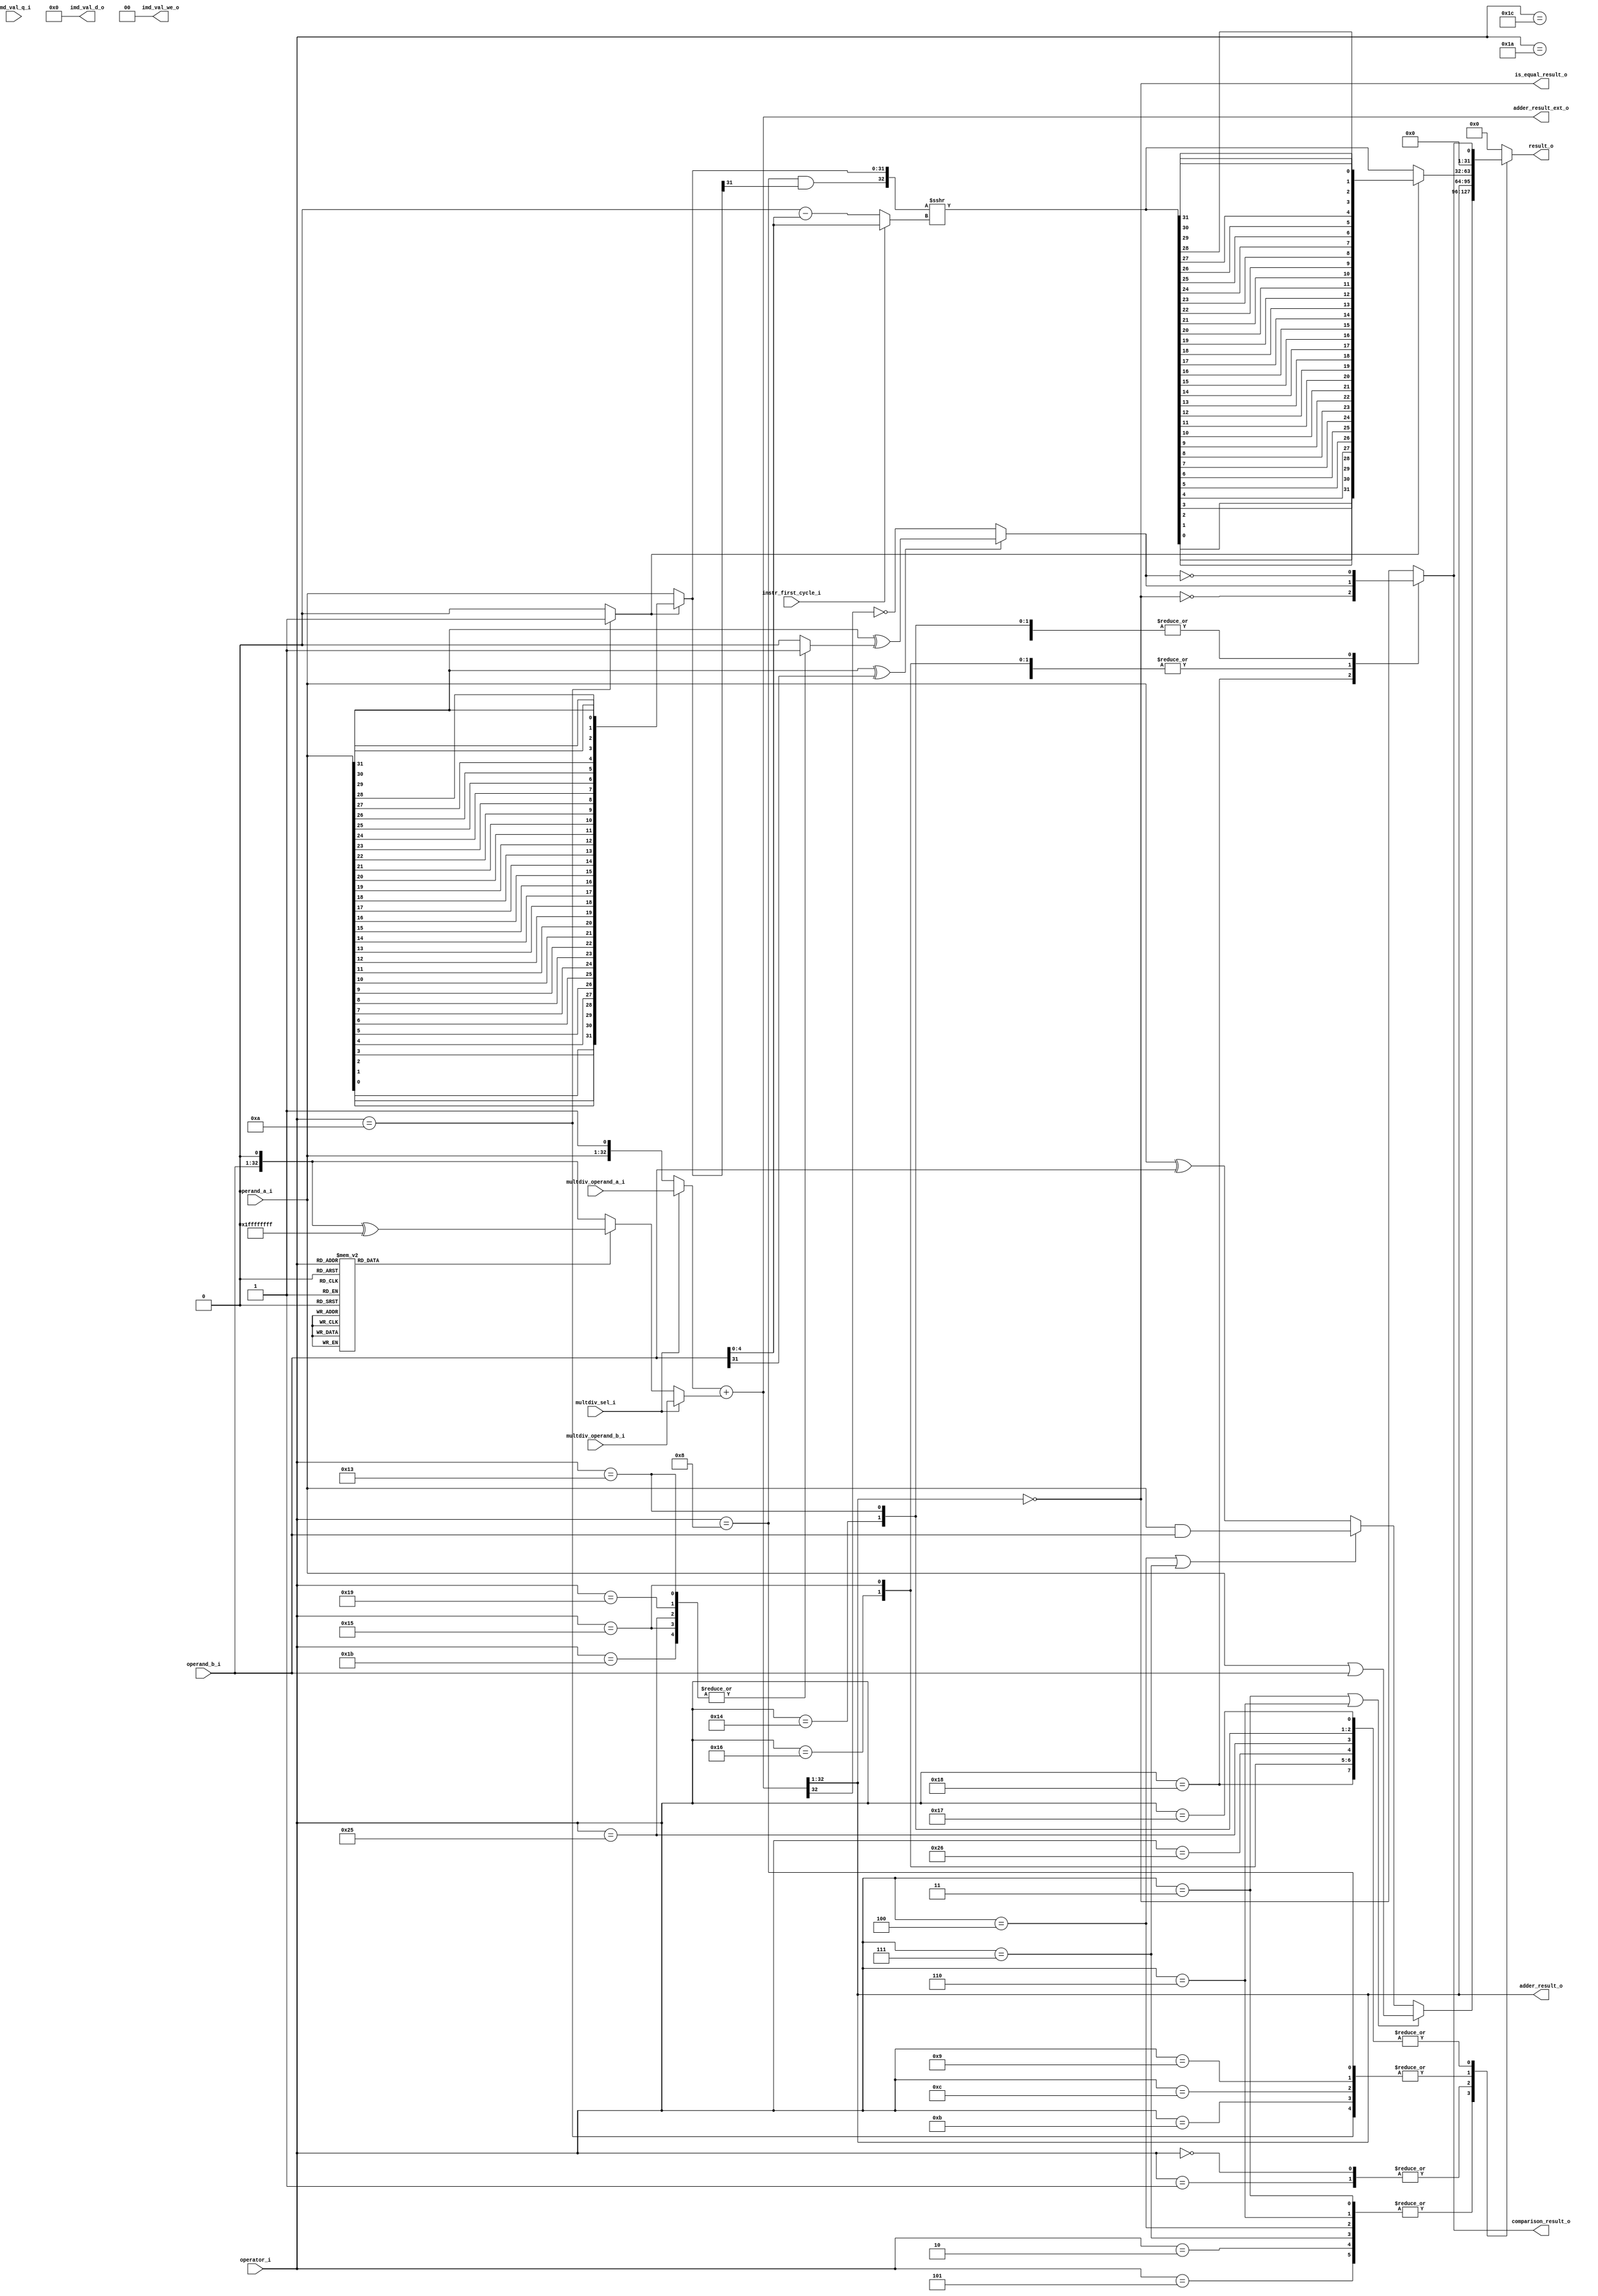
module ibex_alu (
	operator_i,
	operand_a_i,
	operand_b_i,
	instr_first_cycle_i,
	multdiv_operand_a_i,
	multdiv_operand_b_i,
	multdiv_sel_i,
	imd_val_q_i,
	imd_val_d_o,
	imd_val_we_o,
	adder_result_o,
	adder_result_ext_o,
	result_o,
	comparison_result_o,
	is_equal_result_o
);
	parameter integer RV32B = 32'sd0;
	input wire [5:0] operator_i;
	input wire [31:0] operand_a_i;
	input wire [31:0] operand_b_i;
	input wire instr_first_cycle_i;
	input wire [32:0] multdiv_operand_a_i;
	input wire [32:0] multdiv_operand_b_i;
	input wire multdiv_sel_i;
	input wire [63:0] imd_val_q_i;
	output reg [63:0] imd_val_d_o;
	output reg [1:0] imd_val_we_o;
	output wire [31:0] adder_result_o;
	output wire [33:0] adder_result_ext_o;
	output reg [31:0] result_o;
	output wire comparison_result_o;
	output wire is_equal_result_o;
	wire [31:0] operand_a_rev;
	wire [32:0] operand_b_neg;
	genvar k;
	generate
		for (k = 0; k < 32; k = k + 1) begin : gen_rev_operand_a
			assign operand_a_rev[k] = operand_a_i[31 - k];
		end
	endgenerate
	reg adder_op_b_negate;
	wire [32:0] adder_in_a;
	reg [32:0] adder_in_b;
	wire [31:0] adder_result;
	always @(*) begin
		adder_op_b_negate = 1'b0;
		case (operator_i)
			6'd1, 6'd23, 6'd24, 6'd21, 6'd22, 6'd19, 6'd20, 6'd37, 6'd38, 6'd25, 6'd26, 6'd27, 6'd28: adder_op_b_negate = 1'b1;
			default:
				;
		endcase
	end
	assign adder_in_a = (multdiv_sel_i ? multdiv_operand_a_i : {operand_a_i, 1'b1});
	assign operand_b_neg = {operand_b_i, 1'b0} ^ {33 {1'b1}};
	always @(*)
		case (1'b1)
			multdiv_sel_i: adder_in_b = multdiv_operand_b_i;
			adder_op_b_negate: adder_in_b = operand_b_neg;
			default: adder_in_b = {operand_b_i, 1'b0};
		endcase
	assign adder_result_ext_o = $unsigned(adder_in_a) + $unsigned(adder_in_b);
	assign adder_result = adder_result_ext_o[32:1];
	assign adder_result_o = adder_result;
	wire is_equal;
	reg is_greater_equal;
	reg cmp_signed;
	always @(*)
		case (operator_i)
			6'd21, 6'd19, 6'd37, 6'd25, 6'd27: cmp_signed = 1'b1;
			default: cmp_signed = 1'b0;
		endcase
	assign is_equal = adder_result == 32'b00000000000000000000000000000000;
	assign is_equal_result_o = is_equal;
	always @(*)
		if ((operand_a_i[31] ^ operand_b_i[31]) == 1'b0)
			is_greater_equal = adder_result[31] == 1'b0;
		else
			is_greater_equal = operand_a_i[31] ^ cmp_signed;
	reg cmp_result;
	always @(*)
		case (operator_i)
			6'd23: cmp_result = is_equal;
			6'd24: cmp_result = ~is_equal;
			6'd21, 6'd22, 6'd27, 6'd28: cmp_result = is_greater_equal;
			6'd19, 6'd20, 6'd25, 6'd26, 6'd37, 6'd38: cmp_result = ~is_greater_equal;
			default: cmp_result = is_equal;
		endcase
	assign comparison_result_o = cmp_result;
	reg shift_left;
	wire shift_ones;
	wire shift_arith;
	wire shift_funnel;
	wire shift_sbmode;
	reg [5:0] shift_amt;
	wire [5:0] shift_amt_compl;
	reg [31:0] shift_operand;
	reg signed [32:0] shift_result_ext_signed;
	reg [32:0] shift_result_ext;
	reg unused_shift_result_ext;
	reg [31:0] shift_result;
	reg [31:0] shift_result_rev;
	wire bfp_op;
	wire [4:0] bfp_len;
	wire [4:0] bfp_off;
	wire [31:0] bfp_mask;
	wire [31:0] bfp_mask_rev;
	wire [31:0] bfp_result;
	assign bfp_op = (RV32B != 32'sd0 ? operator_i == 6'd49 : 1'b0);
	assign bfp_len = {~(|operand_b_i[27:24]), operand_b_i[27:24]};
	assign bfp_off = operand_b_i[20:16];
	assign bfp_mask = (RV32B != 32'sd0 ? ~(32'hffffffff << bfp_len) : {32 {1'sb0}});
	genvar i;
	generate
		for (i = 0; i < 32; i = i + 1) begin : gen_rev_bfp_mask
			assign bfp_mask_rev[i] = bfp_mask[31 - i];
		end
	endgenerate
	assign bfp_result = (RV32B != 32'sd0 ? (~shift_result & operand_a_i) | ((operand_b_i & bfp_mask) << bfp_off) : {32 {1'sb0}});
	wire [1:1] sv2v_tmp_3EBA5;
	assign sv2v_tmp_3EBA5 = operand_b_i[5] & shift_funnel;
	always @(*) shift_amt[5] = sv2v_tmp_3EBA5;
	assign shift_amt_compl = 32 - operand_b_i[4:0];
	always @(*)
		if (bfp_op)
			shift_amt[4:0] = bfp_off;
		else
			shift_amt[4:0] = (instr_first_cycle_i ? (operand_b_i[5] && shift_funnel ? shift_amt_compl[4:0] : operand_b_i[4:0]) : (operand_b_i[5] && shift_funnel ? operand_b_i[4:0] : shift_amt_compl[4:0]));
	assign shift_sbmode = (RV32B != 32'sd0 ? ((operator_i == 6'd43) | (operator_i == 6'd44)) | (operator_i == 6'd45) : 1'b0);
	always @(*) begin
		case (operator_i)
			6'd10: shift_left = 1'b1;
			6'd12, 6'd49: shift_left = (RV32B != 32'sd0 ? 1'b1 : 1'b0);
			6'd14: shift_left = (RV32B != 32'sd0 ? instr_first_cycle_i : 0);
			6'd13: shift_left = (RV32B != 32'sd0 ? ~instr_first_cycle_i : 0);
			6'd41: shift_left = (RV32B != 32'sd0 ? (shift_amt[5] ? ~instr_first_cycle_i : instr_first_cycle_i) : 1'b0);
			6'd42: shift_left = (RV32B != 32'sd0 ? (shift_amt[5] ? instr_first_cycle_i : ~instr_first_cycle_i) : 1'b0);
			default: shift_left = 1'b0;
		endcase
		if (shift_sbmode)
			shift_left = 1'b1;
	end
	assign shift_arith = operator_i == 6'd8;
	assign shift_ones = (RV32B != 32'sd0 ? (operator_i == 6'd12) | (operator_i == 6'd11) : 1'b0);
	assign shift_funnel = (RV32B != 32'sd0 ? (operator_i == 6'd41) | (operator_i == 6'd42) : 1'b0);
	always @(*) begin
		if (RV32B == 32'sd0)
			shift_operand = (shift_left ? operand_a_rev : operand_a_i);
		else
			case (1'b1)
				bfp_op: shift_operand = bfp_mask_rev;
				shift_sbmode: shift_operand = 32'h80000000;
				default: shift_operand = (shift_left ? operand_a_rev : operand_a_i);
			endcase
		shift_result_ext_signed = $signed({shift_ones | (shift_arith & shift_operand[31]), shift_operand}) >>> shift_amt[4:0];
		shift_result_ext = $unsigned(shift_result_ext_signed);
		shift_result = shift_result_ext[31:0];
		unused_shift_result_ext = shift_result_ext[32];
		begin : sv2v_autoblock_1
			reg [31:0] i;
			for (i = 0; i < 32; i = i + 1)
				shift_result_rev[i] = shift_result[31 - i];
		end
		shift_result = (shift_left ? shift_result_rev : shift_result);
	end
	wire bwlogic_or;
	wire bwlogic_and;
	wire [31:0] bwlogic_operand_b;
	wire [31:0] bwlogic_or_result;
	wire [31:0] bwlogic_and_result;
	wire [31:0] bwlogic_xor_result;
	reg [31:0] bwlogic_result;
	reg bwlogic_op_b_negate;
	always @(*)
		case (operator_i)
			6'd5, 6'd6, 6'd7: bwlogic_op_b_negate = (RV32B != 32'sd0 ? 1'b1 : 1'b0);
			6'd40: bwlogic_op_b_negate = (RV32B != 32'sd0 ? ~instr_first_cycle_i : 1'b0);
			default: bwlogic_op_b_negate = 1'b0;
		endcase
	assign bwlogic_operand_b = (bwlogic_op_b_negate ? operand_b_neg[32:1] : operand_b_i);
	assign bwlogic_or_result = operand_a_i | bwlogic_operand_b;
	assign bwlogic_and_result = operand_a_i & bwlogic_operand_b;
	assign bwlogic_xor_result = operand_a_i ^ bwlogic_operand_b;
	assign bwlogic_or = (operator_i == 6'd3) | (operator_i == 6'd6);
	assign bwlogic_and = (operator_i == 6'd4) | (operator_i == 6'd7);
	always @(*)
		case (1'b1)
			bwlogic_or: bwlogic_result = bwlogic_or_result;
			bwlogic_and: bwlogic_result = bwlogic_and_result;
			default: bwlogic_result = bwlogic_xor_result;
		endcase
	wire [5:0] bitcnt_result;
	wire [31:0] minmax_result;
	reg [31:0] pack_result;
	wire [31:0] sext_result;
	reg [31:0] singlebit_result;
	reg [31:0] rev_result;
	reg [31:0] shuffle_result;
	reg [31:0] butterfly_result;
	reg [31:0] invbutterfly_result;
	reg [31:0] clmul_result;
	reg [31:0] multicycle_result;
	generate
		if (RV32B != 32'sd0) begin : g_alu_rvb
			wire zbe_op;
			wire bitcnt_ctz;
			wire bitcnt_clz;
			wire bitcnt_cz;
			reg [31:0] bitcnt_bits;
			wire [31:0] bitcnt_mask_op;
			reg [31:0] bitcnt_bit_mask;
			reg [191:0] bitcnt_partial;
			wire [31:0] bitcnt_partial_lsb_d;
			wire [31:0] bitcnt_partial_msb_d;
			assign bitcnt_ctz = operator_i == 6'd35;
			assign bitcnt_clz = operator_i == 6'd34;
			assign bitcnt_cz = bitcnt_ctz | bitcnt_clz;
			assign bitcnt_result = bitcnt_partial[0+:6];
			assign bitcnt_mask_op = (bitcnt_clz ? operand_a_rev : operand_a_i);
			always @(*) begin
				bitcnt_bit_mask = bitcnt_mask_op;
				bitcnt_bit_mask = bitcnt_bit_mask | (bitcnt_bit_mask << 1);
				bitcnt_bit_mask = bitcnt_bit_mask | (bitcnt_bit_mask << 2);
				bitcnt_bit_mask = bitcnt_bit_mask | (bitcnt_bit_mask << 4);
				bitcnt_bit_mask = bitcnt_bit_mask | (bitcnt_bit_mask << 8);
				bitcnt_bit_mask = bitcnt_bit_mask | (bitcnt_bit_mask << 16);
				bitcnt_bit_mask = ~bitcnt_bit_mask;
			end
			assign zbe_op = (operator_i == 6'd47) | (operator_i == 6'd48);
			always @(*)
				case (1'b1)
					zbe_op: bitcnt_bits = operand_b_i;
					bitcnt_cz: bitcnt_bits = bitcnt_bit_mask & ~bitcnt_mask_op;
					default: bitcnt_bits = operand_a_i;
				endcase
			always @(*) begin
				bitcnt_partial = {32 {6'b000000}};
				begin : sv2v_autoblock_2
					reg [31:0] i;
					for (i = 1; i < 32; i = i + 2)
						bitcnt_partial[(31 - i) * 6+:6] = {5'h00, bitcnt_bits[i]} + {5'h00, bitcnt_bits[i - 1]};
				end
				begin : sv2v_autoblock_3
					reg [31:0] i;
					for (i = 3; i < 32; i = i + 4)
						bitcnt_partial[(31 - i) * 6+:6] = bitcnt_partial[(33 - i) * 6+:6] + bitcnt_partial[(31 - i) * 6+:6];
				end
				begin : sv2v_autoblock_4
					reg [31:0] i;
					for (i = 7; i < 32; i = i + 8)
						bitcnt_partial[(31 - i) * 6+:6] = bitcnt_partial[(35 - i) * 6+:6] + bitcnt_partial[(31 - i) * 6+:6];
				end
				begin : sv2v_autoblock_5
					reg [31:0] i;
					for (i = 15; i < 32; i = i + 16)
						bitcnt_partial[(31 - i) * 6+:6] = bitcnt_partial[(39 - i) * 6+:6] + bitcnt_partial[(31 - i) * 6+:6];
				end
				bitcnt_partial[0+:6] = bitcnt_partial[96+:6] + bitcnt_partial[0+:6];
				bitcnt_partial[48+:6] = bitcnt_partial[96+:6] + bitcnt_partial[48+:6];
				begin : sv2v_autoblock_6
					reg [31:0] i;
					for (i = 11; i < 32; i = i + 8)
						bitcnt_partial[(31 - i) * 6+:6] = bitcnt_partial[(35 - i) * 6+:6] + bitcnt_partial[(31 - i) * 6+:6];
				end
				begin : sv2v_autoblock_7
					reg [31:0] i;
					for (i = 5; i < 32; i = i + 4)
						bitcnt_partial[(31 - i) * 6+:6] = bitcnt_partial[(33 - i) * 6+:6] + bitcnt_partial[(31 - i) * 6+:6];
				end
				bitcnt_partial[186+:6] = {5'h00, bitcnt_bits[0]};
				begin : sv2v_autoblock_8
					reg [31:0] i;
					for (i = 2; i < 32; i = i + 2)
						bitcnt_partial[(31 - i) * 6+:6] = bitcnt_partial[(32 - i) * 6+:6] + {5'h00, bitcnt_bits[i]};
				end
			end
			assign minmax_result = (cmp_result ? operand_a_i : operand_b_i);
			wire packu;
			wire packh;
			assign packu = operator_i == 6'd30;
			assign packh = operator_i == 6'd31;
			always @(*)
				case (1'b1)
					packu: pack_result = {operand_b_i[31:16], operand_a_i[31:16]};
					packh: pack_result = {16'h0000, operand_b_i[7:0], operand_a_i[7:0]};
					default: pack_result = {operand_b_i[15:0], operand_a_i[15:0]};
				endcase
			assign sext_result = (operator_i == 6'd32 ? {{24 {operand_a_i[7]}}, operand_a_i[7:0]} : {{16 {operand_a_i[15]}}, operand_a_i[15:0]});
			always @(*)
				case (operator_i)
					6'd43: singlebit_result = operand_a_i | shift_result;
					6'd44: singlebit_result = operand_a_i & ~shift_result;
					6'd45: singlebit_result = operand_a_i ^ shift_result;
					default: singlebit_result = {31'h00000000, shift_result[0]};
				endcase
			wire [4:0] zbp_shift_amt;
			wire gorc_op;
			assign gorc_op = operator_i == 6'd16;
			assign zbp_shift_amt[2:0] = (RV32B == 32'sd2 ? shift_amt[2:0] : {3 {&shift_amt[2:0]}});
			assign zbp_shift_amt[4:3] = (RV32B == 32'sd2 ? shift_amt[4:3] : {2 {&shift_amt[4:3]}});
			always @(*) begin
				rev_result = operand_a_i;
				if (zbp_shift_amt[0])
					rev_result = ((gorc_op ? rev_result : 32'h00000000) | ((rev_result & 32'h55555555) << 1)) | ((rev_result & 32'haaaaaaaa) >> 1);
				if (zbp_shift_amt[1])
					rev_result = ((gorc_op ? rev_result : 32'h00000000) | ((rev_result & 32'h33333333) << 2)) | ((rev_result & 32'hcccccccc) >> 2);
				if (zbp_shift_amt[2])
					rev_result = ((gorc_op ? rev_result : 32'h00000000) | ((rev_result & 32'h0f0f0f0f) << 4)) | ((rev_result & 32'hf0f0f0f0) >> 4);
				if (zbp_shift_amt[3])
					rev_result = ((gorc_op & (RV32B == 32'sd2) ? rev_result : 32'h00000000) | ((rev_result & 32'h00ff00ff) << 8)) | ((rev_result & 32'hff00ff00) >> 8);
				if (zbp_shift_amt[4])
					rev_result = ((gorc_op & (RV32B == 32'sd2) ? rev_result : 32'h00000000) | ((rev_result & 32'h0000ffff) << 16)) | ((rev_result & 32'hffff0000) >> 16);
			end
			wire crc_hmode;
			wire crc_bmode;
			wire [31:0] clmul_result_rev;
			if (RV32B == 32'sd2) begin : gen_alu_rvb_full
				localparam [127:0] SHUFFLE_MASK_L = 128'h00ff00000f000f003030303044444444;
				localparam [127:0] SHUFFLE_MASK_R = 128'h0000ff0000f000f00c0c0c0c22222222;
				localparam [127:0] FLIP_MASK_L = 128'h22001100004400004411000011000000;
				localparam [127:0] FLIP_MASK_R = 128'h00880044000022000000882200000088;
				wire [31:0] SHUFFLE_MASK_NOT [0:3];
				genvar i;
				for (i = 0; i < 4; i = i + 1) begin : gen_shuffle_mask_not
					assign SHUFFLE_MASK_NOT[i] = ~(SHUFFLE_MASK_L[(3 - i) * 32+:32] | SHUFFLE_MASK_R[(3 - i) * 32+:32]);
				end
				wire shuffle_flip;
				assign shuffle_flip = operator_i == 6'd18;
				reg [3:0] shuffle_mode;
				always @(*) begin
					shuffle_result = operand_a_i;
					if (shuffle_flip) begin
						shuffle_mode[3] = shift_amt[0];
						shuffle_mode[2] = shift_amt[1];
						shuffle_mode[1] = shift_amt[2];
						shuffle_mode[0] = shift_amt[3];
					end
					else
						shuffle_mode = shift_amt[3:0];
					if (shuffle_flip)
						shuffle_result = ((((((((shuffle_result & 32'h88224411) | ((shuffle_result << 6) & FLIP_MASK_L[96+:32])) | ((shuffle_result >> 6) & FLIP_MASK_R[96+:32])) | ((shuffle_result << 9) & FLIP_MASK_L[64+:32])) | ((shuffle_result >> 9) & FLIP_MASK_R[64+:32])) | ((shuffle_result << 15) & FLIP_MASK_L[32+:32])) | ((shuffle_result >> 15) & FLIP_MASK_R[32+:32])) | ((shuffle_result << 21) & FLIP_MASK_L[0+:32])) | ((shuffle_result >> 21) & FLIP_MASK_R[0+:32]);
					if (shuffle_mode[3])
						shuffle_result = (shuffle_result & SHUFFLE_MASK_NOT[0]) | (((shuffle_result << 8) & SHUFFLE_MASK_L[96+:32]) | ((shuffle_result >> 8) & SHUFFLE_MASK_R[96+:32]));
					if (shuffle_mode[2])
						shuffle_result = (shuffle_result & SHUFFLE_MASK_NOT[1]) | (((shuffle_result << 4) & SHUFFLE_MASK_L[64+:32]) | ((shuffle_result >> 4) & SHUFFLE_MASK_R[64+:32]));
					if (shuffle_mode[1])
						shuffle_result = (shuffle_result & SHUFFLE_MASK_NOT[2]) | (((shuffle_result << 2) & SHUFFLE_MASK_L[32+:32]) | ((shuffle_result >> 2) & SHUFFLE_MASK_R[32+:32]));
					if (shuffle_mode[0])
						shuffle_result = (shuffle_result & SHUFFLE_MASK_NOT[3]) | (((shuffle_result << 1) & SHUFFLE_MASK_L[0+:32]) | ((shuffle_result >> 1) & SHUFFLE_MASK_R[0+:32]));
					if (shuffle_flip)
						shuffle_result = ((((((((shuffle_result & 32'h88224411) | ((shuffle_result << 6) & FLIP_MASK_L[96+:32])) | ((shuffle_result >> 6) & FLIP_MASK_R[96+:32])) | ((shuffle_result << 9) & FLIP_MASK_L[64+:32])) | ((shuffle_result >> 9) & FLIP_MASK_R[64+:32])) | ((shuffle_result << 15) & FLIP_MASK_L[32+:32])) | ((shuffle_result >> 15) & FLIP_MASK_R[32+:32])) | ((shuffle_result << 21) & FLIP_MASK_L[0+:32])) | ((shuffle_result >> 21) & FLIP_MASK_R[0+:32]);
				end
				reg [191:0] bitcnt_partial_q;
				for (i = 0; i < 32; i = i + 1) begin : gen_bitcnt_reg_in_lsb
					assign bitcnt_partial_lsb_d[i] = bitcnt_partial[(31 - i) * 6];
				end
				for (i = 0; i < 16; i = i + 1) begin : gen_bitcnt_reg_in_b1
					assign bitcnt_partial_msb_d[i] = bitcnt_partial[((31 - ((2 * i) + 1)) * 6) + 1];
				end
				for (i = 0; i < 8; i = i + 1) begin : gen_bitcnt_reg_in_b2
					assign bitcnt_partial_msb_d[16 + i] = bitcnt_partial[((31 - ((4 * i) + 3)) * 6) + 2];
				end
				for (i = 0; i < 4; i = i + 1) begin : gen_bitcnt_reg_in_b3
					assign bitcnt_partial_msb_d[24 + i] = bitcnt_partial[((31 - ((8 * i) + 7)) * 6) + 3];
				end
				for (i = 0; i < 2; i = i + 1) begin : gen_bitcnt_reg_in_b4
					assign bitcnt_partial_msb_d[28 + i] = bitcnt_partial[((31 - ((16 * i) + 15)) * 6) + 4];
				end
				assign bitcnt_partial_msb_d[30] = bitcnt_partial[5];
				assign bitcnt_partial_msb_d[31] = 1'b0;
				always @(*) begin
					bitcnt_partial_q = {32 {6'b000000}};
					begin : sv2v_autoblock_9
						reg [31:0] i;
						for (i = 0; i < 32; i = i + 1)
							begin : gen_bitcnt_reg_out_lsb
								bitcnt_partial_q[(31 - i) * 6] = imd_val_q_i[32 + i];
							end
					end
					begin : sv2v_autoblock_10
						reg [31:0] i;
						for (i = 0; i < 16; i = i + 1)
							begin : gen_bitcnt_reg_out_b1
								bitcnt_partial_q[((31 - ((2 * i) + 1)) * 6) + 1] = imd_val_q_i[i];
							end
					end
					begin : sv2v_autoblock_11
						reg [31:0] i;
						for (i = 0; i < 8; i = i + 1)
							begin : gen_bitcnt_reg_out_b2
								bitcnt_partial_q[((31 - ((4 * i) + 3)) * 6) + 2] = imd_val_q_i[16 + i];
							end
					end
					begin : sv2v_autoblock_12
						reg [31:0] i;
						for (i = 0; i < 4; i = i + 1)
							begin : gen_bitcnt_reg_out_b3
								bitcnt_partial_q[((31 - ((8 * i) + 7)) * 6) + 3] = imd_val_q_i[24 + i];
							end
					end
					begin : sv2v_autoblock_13
						reg [31:0] i;
						for (i = 0; i < 2; i = i + 1)
							begin : gen_bitcnt_reg_out_b4
								bitcnt_partial_q[((31 - ((16 * i) + 15)) * 6) + 4] = imd_val_q_i[28 + i];
							end
					end
					bitcnt_partial_q[5] = imd_val_q_i[30];
				end
				wire [31:0] butterfly_mask_l [0:4];
				wire [31:0] butterfly_mask_r [0:4];
				wire [31:0] butterfly_mask_not [0:4];
				wire [31:0] lrotc_stage [0:4];
				genvar stg;
				for (stg = 0; stg < 5; stg = stg + 1) begin : gen_butterfly_ctrl_stage
					genvar seg;
					for (seg = 0; seg < (2 ** stg); seg = seg + 1) begin : gen_butterfly_ctrl
						assign lrotc_stage[stg][((2 * (16 >> stg)) * (seg + 1)) - 1:(2 * (16 >> stg)) * seg] = {{16 >> stg {1'b0}}, {16 >> stg {1'b1}}} << bitcnt_partial_q[((32 - ((16 >> stg) * ((2 * seg) + 1))) * 6) + ($clog2(16 >> stg) >= 0 ? $clog2(16 >> stg) : ($clog2(16 >> stg) + ($clog2(16 >> stg) >= 0 ? $clog2(16 >> stg) + 1 : 1 - $clog2(16 >> stg))) - 1)-:($clog2(16 >> stg) >= 0 ? $clog2(16 >> stg) + 1 : 1 - $clog2(16 >> stg))];
						assign butterfly_mask_l[stg][((16 >> stg) * ((2 * seg) + 2)) - 1:(16 >> stg) * ((2 * seg) + 1)] = ~lrotc_stage[stg][((16 >> stg) * ((2 * seg) + 2)) - 1:(16 >> stg) * ((2 * seg) + 1)];
						assign butterfly_mask_r[stg][((16 >> stg) * ((2 * seg) + 1)) - 1:(16 >> stg) * (2 * seg)] = ~lrotc_stage[stg][((16 >> stg) * ((2 * seg) + 2)) - 1:(16 >> stg) * ((2 * seg) + 1)];
						assign butterfly_mask_l[stg][((16 >> stg) * ((2 * seg) + 1)) - 1:(16 >> stg) * (2 * seg)] = 1'sb0;
						assign butterfly_mask_r[stg][((16 >> stg) * ((2 * seg) + 2)) - 1:(16 >> stg) * ((2 * seg) + 1)] = 1'sb0;
					end
				end
				for (stg = 0; stg < 5; stg = stg + 1) begin : gen_butterfly_not
					assign butterfly_mask_not[stg] = ~(butterfly_mask_l[stg] | butterfly_mask_r[stg]);
				end
				always @(*) begin
					butterfly_result = operand_a_i;
					butterfly_result = ((butterfly_result & butterfly_mask_not[0]) | ((butterfly_result & butterfly_mask_l[0]) >> 16)) | ((butterfly_result & butterfly_mask_r[0]) << 16);
					butterfly_result = ((butterfly_result & butterfly_mask_not[1]) | ((butterfly_result & butterfly_mask_l[1]) >> 8)) | ((butterfly_result & butterfly_mask_r[1]) << 8);
					butterfly_result = ((butterfly_result & butterfly_mask_not[2]) | ((butterfly_result & butterfly_mask_l[2]) >> 4)) | ((butterfly_result & butterfly_mask_r[2]) << 4);
					butterfly_result = ((butterfly_result & butterfly_mask_not[3]) | ((butterfly_result & butterfly_mask_l[3]) >> 2)) | ((butterfly_result & butterfly_mask_r[3]) << 2);
					butterfly_result = ((butterfly_result & butterfly_mask_not[4]) | ((butterfly_result & butterfly_mask_l[4]) >> 1)) | ((butterfly_result & butterfly_mask_r[4]) << 1);
					butterfly_result = butterfly_result & operand_b_i;
				end
				always @(*) begin
					invbutterfly_result = operand_a_i & operand_b_i;
					invbutterfly_result = ((invbutterfly_result & butterfly_mask_not[4]) | ((invbutterfly_result & butterfly_mask_l[4]) >> 1)) | ((invbutterfly_result & butterfly_mask_r[4]) << 1);
					invbutterfly_result = ((invbutterfly_result & butterfly_mask_not[3]) | ((invbutterfly_result & butterfly_mask_l[3]) >> 2)) | ((invbutterfly_result & butterfly_mask_r[3]) << 2);
					invbutterfly_result = ((invbutterfly_result & butterfly_mask_not[2]) | ((invbutterfly_result & butterfly_mask_l[2]) >> 4)) | ((invbutterfly_result & butterfly_mask_r[2]) << 4);
					invbutterfly_result = ((invbutterfly_result & butterfly_mask_not[1]) | ((invbutterfly_result & butterfly_mask_l[1]) >> 8)) | ((invbutterfly_result & butterfly_mask_r[1]) << 8);
					invbutterfly_result = ((invbutterfly_result & butterfly_mask_not[0]) | ((invbutterfly_result & butterfly_mask_l[0]) >> 16)) | ((invbutterfly_result & butterfly_mask_r[0]) << 16);
				end
				wire clmul_rmode;
				wire clmul_hmode;
				reg [31:0] clmul_op_a;
				reg [31:0] clmul_op_b;
				wire [31:0] operand_b_rev;
				wire [31:0] clmul_and_stage [0:31];
				wire [31:0] clmul_xor_stage1 [0:15];
				wire [31:0] clmul_xor_stage2 [0:7];
				wire [31:0] clmul_xor_stage3 [0:3];
				wire [31:0] clmul_xor_stage4 [0:1];
				wire [31:0] clmul_result_raw;
				for (i = 0; i < 32; i = i + 1) begin : gen_rev_operand_b
					assign operand_b_rev[i] = operand_b_i[31 - i];
				end
				assign clmul_rmode = operator_i == 6'd51;
				assign clmul_hmode = operator_i == 6'd52;
				localparam [31:0] CRC32_POLYNOMIAL = 32'h04c11db7;
				localparam [31:0] CRC32_MU_REV = 32'hf7011641;
				localparam [31:0] CRC32C_POLYNOMIAL = 32'h1edc6f41;
				localparam [31:0] CRC32C_MU_REV = 32'hdea713f1;
				wire crc_op;
				wire crc_cpoly;
				reg [31:0] crc_operand;
				wire [31:0] crc_poly;
				wire [31:0] crc_mu_rev;
				assign crc_op = (((((operator_i == 6'd58) | (operator_i == 6'd57)) | (operator_i == 6'd56)) | (operator_i == 6'd55)) | (operator_i == 6'd54)) | (operator_i == 6'd53);
				assign crc_cpoly = ((operator_i == 6'd58) | (operator_i == 6'd56)) | (operator_i == 6'd54);
				assign crc_hmode = (operator_i == 6'd55) | (operator_i == 6'd56);
				assign crc_bmode = (operator_i == 6'd53) | (operator_i == 6'd54);
				assign crc_poly = (crc_cpoly ? CRC32C_POLYNOMIAL : CRC32_POLYNOMIAL);
				assign crc_mu_rev = (crc_cpoly ? CRC32C_MU_REV : CRC32_MU_REV);
				always @(*)
					case (1'b1)
						crc_bmode: crc_operand = {operand_a_i[7:0], 24'h000000};
						crc_hmode: crc_operand = {operand_a_i[15:0], 16'h0000};
						default: crc_operand = operand_a_i;
					endcase
				always @(*)
					if (crc_op) begin
						clmul_op_a = (instr_first_cycle_i ? crc_operand : imd_val_q_i[32+:32]);
						clmul_op_b = (instr_first_cycle_i ? crc_mu_rev : crc_poly);
					end
					else begin
						clmul_op_a = (clmul_rmode | clmul_hmode ? operand_a_rev : operand_a_i);
						clmul_op_b = (clmul_rmode | clmul_hmode ? operand_b_rev : operand_b_i);
					end
				for (i = 0; i < 32; i = i + 1) begin : gen_clmul_and_op
					assign clmul_and_stage[i] = (clmul_op_b[i] ? clmul_op_a << i : {32 {1'sb0}});
				end
				for (i = 0; i < 16; i = i + 1) begin : gen_clmul_xor_op_l1
					assign clmul_xor_stage1[i] = clmul_and_stage[2 * i] ^ clmul_and_stage[(2 * i) + 1];
				end
				for (i = 0; i < 8; i = i + 1) begin : gen_clmul_xor_op_l2
					assign clmul_xor_stage2[i] = clmul_xor_stage1[2 * i] ^ clmul_xor_stage1[(2 * i) + 1];
				end
				for (i = 0; i < 4; i = i + 1) begin : gen_clmul_xor_op_l3
					assign clmul_xor_stage3[i] = clmul_xor_stage2[2 * i] ^ clmul_xor_stage2[(2 * i) + 1];
				end
				for (i = 0; i < 2; i = i + 1) begin : gen_clmul_xor_op_l4
					assign clmul_xor_stage4[i] = clmul_xor_stage3[2 * i] ^ clmul_xor_stage3[(2 * i) + 1];
				end
				assign clmul_result_raw = clmul_xor_stage4[0] ^ clmul_xor_stage4[1];
				for (i = 0; i < 32; i = i + 1) begin : gen_rev_clmul_result
					assign clmul_result_rev[i] = clmul_result_raw[31 - i];
				end
				always @(*)
					case (1'b1)
						clmul_rmode: clmul_result = clmul_result_rev;
						clmul_hmode: clmul_result = {1'b0, clmul_result_rev[31:1]};
						default: clmul_result = clmul_result_raw;
					endcase
			end
			else begin : gen_alu_rvb_notfull
				wire [31:0] unused_imd_val_q_1;
				assign unused_imd_val_q_1 = imd_val_q_i[0+:32];
				wire [32:1] sv2v_tmp_F189D;
				assign sv2v_tmp_F189D = 1'sb0;
				always @(*) shuffle_result = sv2v_tmp_F189D;
				wire [32:1] sv2v_tmp_F770D;
				assign sv2v_tmp_F770D = 1'sb0;
				always @(*) butterfly_result = sv2v_tmp_F770D;
				wire [32:1] sv2v_tmp_02B8B;
				assign sv2v_tmp_02B8B = 1'sb0;
				always @(*) invbutterfly_result = sv2v_tmp_02B8B;
				wire [32:1] sv2v_tmp_B9A55;
				assign sv2v_tmp_B9A55 = 1'sb0;
				always @(*) clmul_result = sv2v_tmp_B9A55;
				assign bitcnt_partial_lsb_d = 1'sb0;
				assign bitcnt_partial_msb_d = 1'sb0;
				assign clmul_result_rev = 1'sb0;
				assign crc_bmode = 1'sb0;
				assign crc_hmode = 1'sb0;
			end
			always @(*)
				case (operator_i)
					6'd39: begin
						multicycle_result = (operand_b_i == 32'h00000000 ? operand_a_i : imd_val_q_i[32+:32]);
						imd_val_d_o = {operand_a_i, 32'h00000000};
						if (instr_first_cycle_i)
							imd_val_we_o = 2'b01;
						else
							imd_val_we_o = 2'b00;
					end
					6'd40: begin
						multicycle_result = imd_val_q_i[32+:32] | bwlogic_and_result;
						imd_val_d_o = {bwlogic_and_result, 32'h00000000};
						if (instr_first_cycle_i)
							imd_val_we_o = 2'b01;
						else
							imd_val_we_o = 2'b00;
					end
					6'd42, 6'd41, 6'd14, 6'd13: begin
						if (shift_amt[4:0] == 5'h00)
							multicycle_result = (shift_amt[5] ? operand_a_i : imd_val_q_i[32+:32]);
						else
							multicycle_result = imd_val_q_i[32+:32] | shift_result;
						imd_val_d_o = {shift_result, 32'h00000000};
						if (instr_first_cycle_i)
							imd_val_we_o = 2'b01;
						else
							imd_val_we_o = 2'b00;
					end
					6'd57, 6'd58, 6'd55, 6'd56, 6'd53, 6'd54:
						if (RV32B == 32'sd2) begin
							case (1'b1)
								crc_bmode: multicycle_result = clmul_result_rev ^ (operand_a_i >> 8);
								crc_hmode: multicycle_result = clmul_result_rev ^ (operand_a_i >> 16);
								default: multicycle_result = clmul_result_rev;
							endcase
							imd_val_d_o = {clmul_result_rev, 32'h00000000};
							if (instr_first_cycle_i)
								imd_val_we_o = 2'b01;
							else
								imd_val_we_o = 2'b00;
						end
						else begin
							imd_val_d_o = {operand_a_i, 32'h00000000};
							imd_val_we_o = 2'b00;
							multicycle_result = 1'sb0;
						end
					6'd47, 6'd48:
						if (RV32B == 32'sd2) begin
							multicycle_result = (operator_i == 6'd48 ? butterfly_result : invbutterfly_result);
							imd_val_d_o = {bitcnt_partial_lsb_d, bitcnt_partial_msb_d};
							if (instr_first_cycle_i)
								imd_val_we_o = 2'b11;
							else
								imd_val_we_o = 2'b00;
						end
						else begin
							imd_val_d_o = {operand_a_i, 32'h00000000};
							imd_val_we_o = 2'b00;
							multicycle_result = 1'sb0;
						end
					default: begin
						imd_val_d_o = {operand_a_i, 32'h00000000};
						imd_val_we_o = 2'b00;
						multicycle_result = 1'sb0;
					end
				endcase
		end
		else begin : g_no_alu_rvb
			wire [63:0] unused_imd_val_q;
			assign unused_imd_val_q = imd_val_q_i;
			wire [31:0] unused_butterfly_result;
			assign unused_butterfly_result = butterfly_result;
			wire [31:0] unused_invbutterfly_result;
			assign unused_invbutterfly_result = invbutterfly_result;
			assign bitcnt_result = 1'sb0;
			assign minmax_result = 1'sb0;
			wire [32:1] sv2v_tmp_B3EA0;
			assign sv2v_tmp_B3EA0 = 1'sb0;
			always @(*) pack_result = sv2v_tmp_B3EA0;
			assign sext_result = 1'sb0;
			wire [32:1] sv2v_tmp_C8829;
			assign sv2v_tmp_C8829 = 1'sb0;
			always @(*) singlebit_result = sv2v_tmp_C8829;
			wire [32:1] sv2v_tmp_F744D;
			assign sv2v_tmp_F744D = 1'sb0;
			always @(*) rev_result = sv2v_tmp_F744D;
			wire [32:1] sv2v_tmp_F189D;
			assign sv2v_tmp_F189D = 1'sb0;
			always @(*) shuffle_result = sv2v_tmp_F189D;
			wire [32:1] sv2v_tmp_F770D;
			assign sv2v_tmp_F770D = 1'sb0;
			always @(*) butterfly_result = sv2v_tmp_F770D;
			wire [32:1] sv2v_tmp_02B8B;
			assign sv2v_tmp_02B8B = 1'sb0;
			always @(*) invbutterfly_result = sv2v_tmp_02B8B;
			wire [32:1] sv2v_tmp_B9A55;
			assign sv2v_tmp_B9A55 = 1'sb0;
			always @(*) clmul_result = sv2v_tmp_B9A55;
			wire [32:1] sv2v_tmp_8750A;
			assign sv2v_tmp_8750A = 1'sb0;
			always @(*) multicycle_result = sv2v_tmp_8750A;
			wire [64:1] sv2v_tmp_78BC2;
			assign sv2v_tmp_78BC2 = {2 {32'b00000000000000000000000000000000}};
			always @(*) imd_val_d_o = sv2v_tmp_78BC2;
			wire [2:1] sv2v_tmp_02FDF;
			assign sv2v_tmp_02FDF = {2 {1'b0}};
			always @(*) imd_val_we_o = sv2v_tmp_02FDF;
		end
	endgenerate
	always @(*) begin
		result_o = 1'sb0;
		case (operator_i)
			6'd2, 6'd5, 6'd3, 6'd6, 6'd4, 6'd7: result_o = bwlogic_result;
			6'd0, 6'd1: result_o = adder_result;
			6'd10, 6'd9, 6'd8, 6'd12, 6'd11: result_o = shift_result;
			6'd17, 6'd18: result_o = shuffle_result;
			6'd23, 6'd24, 6'd21, 6'd22, 6'd19, 6'd20, 6'd37, 6'd38: result_o = {31'h00000000, cmp_result};
			6'd25, 6'd27, 6'd26, 6'd28: result_o = minmax_result;
			6'd34, 6'd35, 6'd36: result_o = {26'h0000000, bitcnt_result};
			6'd29, 6'd31, 6'd30: result_o = pack_result;
			6'd32, 6'd33: result_o = sext_result;
			6'd40, 6'd39, 6'd41, 6'd42, 6'd14, 6'd13, 6'd57, 6'd58, 6'd55, 6'd56, 6'd53, 6'd54, 6'd47, 6'd48: result_o = multicycle_result;
			6'd43, 6'd44, 6'd45, 6'd46: result_o = singlebit_result;
			6'd15, 6'd16: result_o = rev_result;
			6'd49: result_o = bfp_result;
			6'd50, 6'd51, 6'd52: result_o = clmul_result;
			default:
				;
		endcase
	end
	wire unused_shift_amt_compl;
	assign unused_shift_amt_compl = shift_amt_compl[5];
endmodule